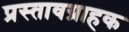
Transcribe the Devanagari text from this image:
प्रस्तावग्राहक